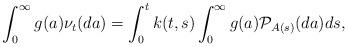
LaTeX: \begin{align*}\int_0^\infty g(a) \nu_t(da) = \int_0^t k(t,s) \int_0^\infty g(a) \mathcal{P}_{A(s)}(da) ds,\end{align*}